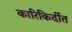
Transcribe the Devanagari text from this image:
कारिकिर्दीत